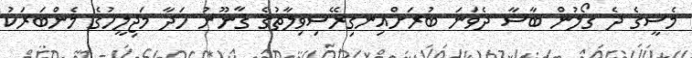
މެސީގެ ދެ ގޯލުން ބާސާ ދެވަނަ ބުރަށްއިނގިރޭސިވިލާތުގެ ޤާނޫނު ހަދާ މަޖިލީހުގެ މެންބަރަކު